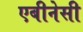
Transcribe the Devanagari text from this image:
एबीनेसी